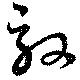
效